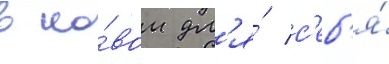
в но́вом дл'я́ с'еб'я́